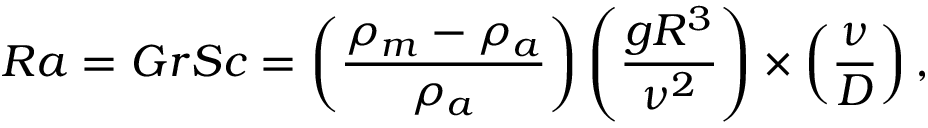
R a = G r S c = \left( \frac { \rho _ { m } - \rho _ { a } } { \rho _ { a } } \right) \left( \frac { g { R } ^ { 3 } } { \nu ^ { 2 } } \right) \times \left( \frac { \nu } { \cal D } \right) ,